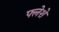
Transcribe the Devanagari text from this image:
फ्लेशे